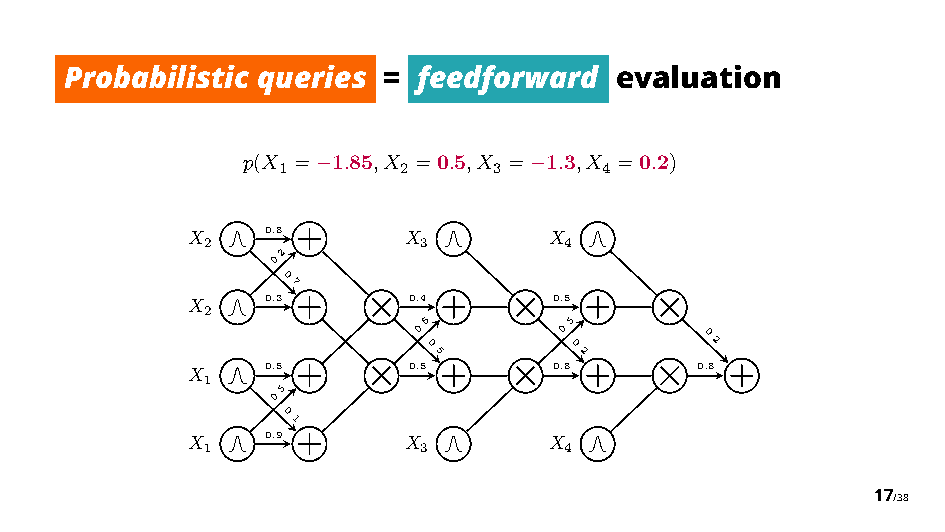
Probabilistic queries = feedforward  evaluation
 p(X = 1.85,X =0.5,X = 1.3,X =0.2)
 1       2      3      4
 −             −
 X     0.8      X        X
 2             3        4
 0.2
 0.7
 X     0.3      0.4       0.5
 2          ⇥  0.6   ⇥  0.5    ⇥
 0.5       0.2
 0.2
 X     0.5      0.5       0.8      0.8
 1   0.5    ⇥        ⇥         ⇥
 0.1
 X     0.9      X        X
 1             3        4
 17/38